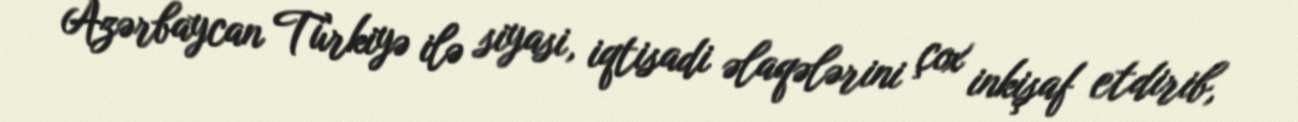
Azərbaycan Türkiyə ilə siyasi, iqtisadi əlaqələrini çox inkişaf etdirib,